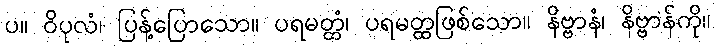
ပ။ ဝိပုလံ၊ ပြန့်ပြောသော။ ပရမတ္ထံ၊ ပရမတ္ထဖြစ်သော။ နိဗ္ဗာနံ၊ နိဗ္ဗာန်ကို။